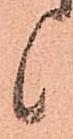
候